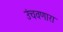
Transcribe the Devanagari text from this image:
उंचवणारा